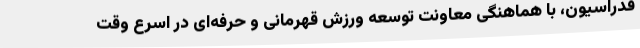
فدراسیون، با هماهنگی معاونت توسعه ورزش قهرمانی و حرفه‌ای در اسرع وقت